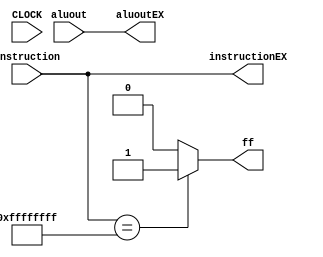
`timescale 100fs/100fs

module EXM (
    input CLOCK,
    input signed [31:0] aluout,
    input[31:0] instruction,
    output signed [31:0] aluoutEX,
    output ff,
    output[31:0] instructionEX 
);
reg [31:0] out, IEX;
reg finish;
always @(aluout) begin
    finish = 1'b0;
    out = aluout;
    IEX = instruction;
    if (IEX == 32'b11111111111111111111111111111111) begin
        finish = 1'b1;
    end
    //$display("%b : %b", out, IEX);
end
assign aluoutEX[31:0] = out[31:0];
assign instructionEX[31:0] = IEX[31:0];
assign ff = finish;
endmodule